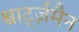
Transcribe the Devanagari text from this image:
श्वार्ट्ज़मैन